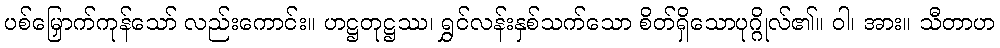
ပစ်မြှောက်ကုန်သော် လည်းကောင်း။ ဟဋ္ဌတုဋ္ဌဿ၊ ရွှင်လန်းနှစ်သက်သော စိတ်ရှိသောပုဂ္ဂိုလ်၏။ ဝါ၊ အား။ သီတာဟ